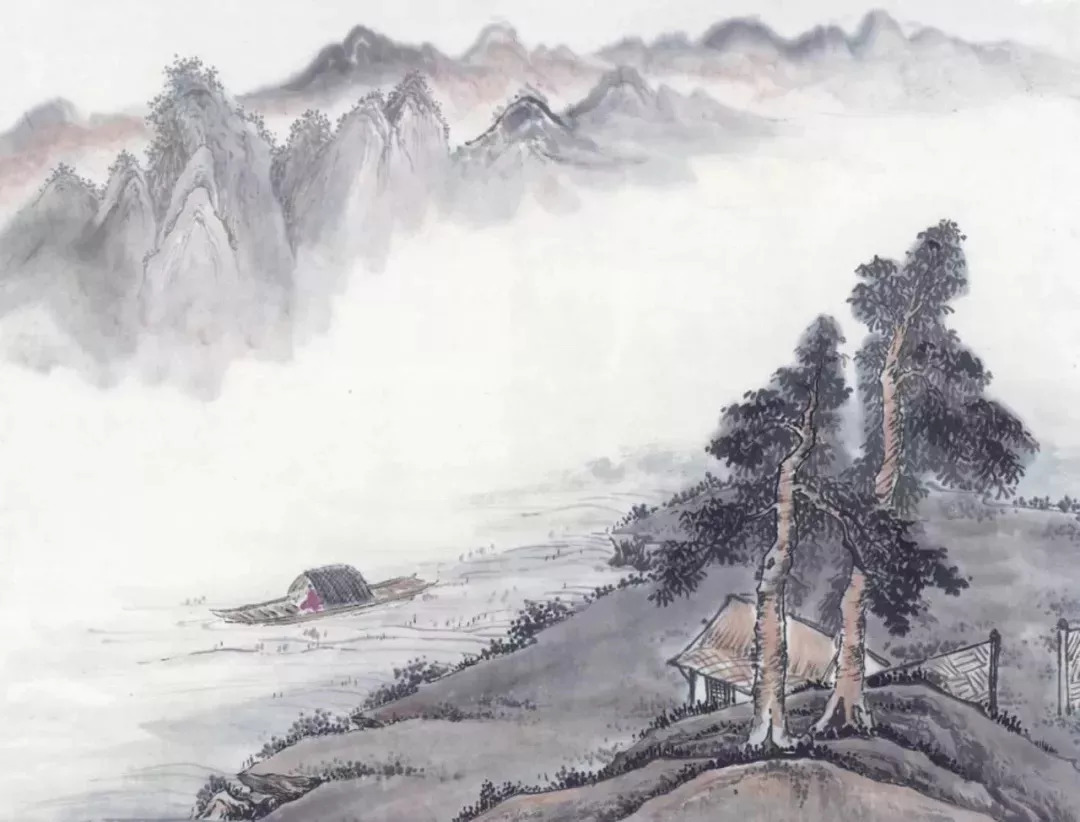
凭觞静忆去年秋，桐落故溪头。